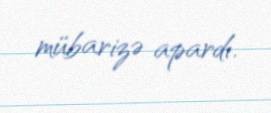
mübarizə apardı.